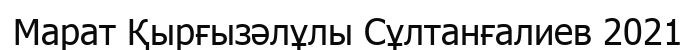
Марат Қырғызәлұлы Сұлтанғалиев 2021